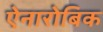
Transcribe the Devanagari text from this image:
ऐनारोबिक